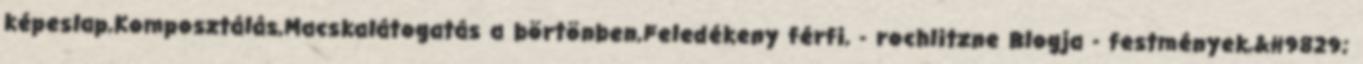
képeslap,Komposztálás,Macskalátogatás a börtönben,Feledékeny férfi, - rochlitzne Blogja - festmények,&#9829;